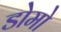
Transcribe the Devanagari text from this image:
डोमो